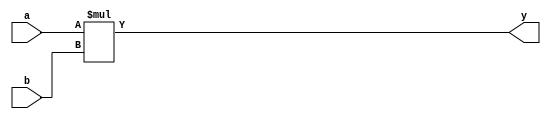
//nithish selva M 20l136//
module multiplier(
    input [3:0] a,b,
    output [7:0] y
    );
assign y=a*b;

endmodule